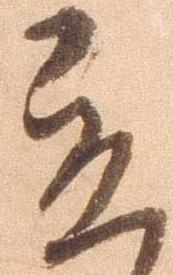
立